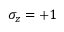
\sigma _ { z } = + 1